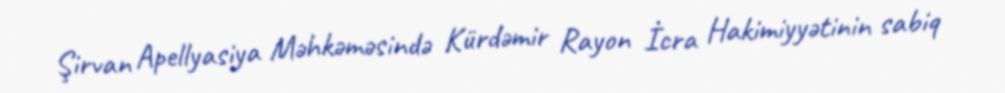
Şirvan Apellyasiya Məhkəməsində Kürdəmir Rayon İcra Hakimiyyətinin sabiq